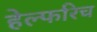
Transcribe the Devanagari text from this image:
हेल्फरिच